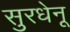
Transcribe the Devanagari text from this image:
सुरधेनू